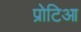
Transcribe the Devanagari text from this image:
प्रोटिआ